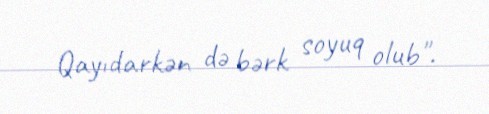
Qayıdarkən də bərk soyuq olub".